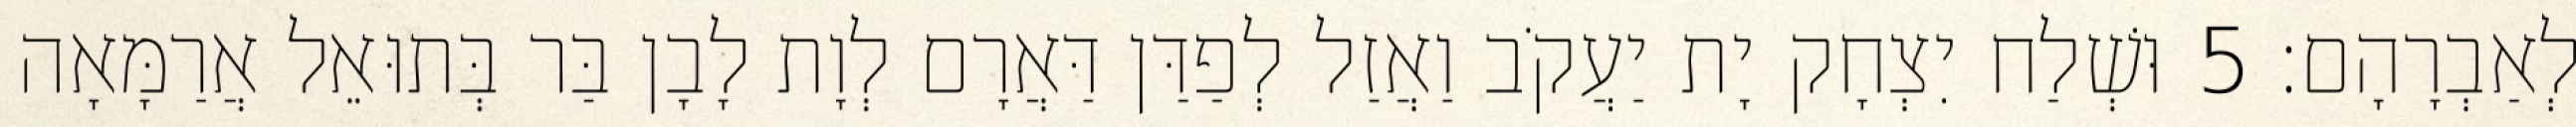
לְאַבְרָהָם׃ 5 וּשְׁלַח יִצְחָק יָת יַעֲקֹב וַאֲזַל לְפַדַּן דַּאֲרָם לְוָת לָבָן בַּר בְּתוּאֵל אֲרַמָּאָה